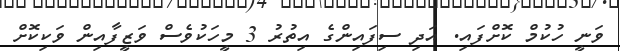
ވަނީ ހުކުމް ކޮށްފައި. އަދި ސިފައިންގެ އިތުރު 3 މީހަކުވެސް ވަޒީފާއިން ވަކިކޮށް